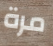
مرة